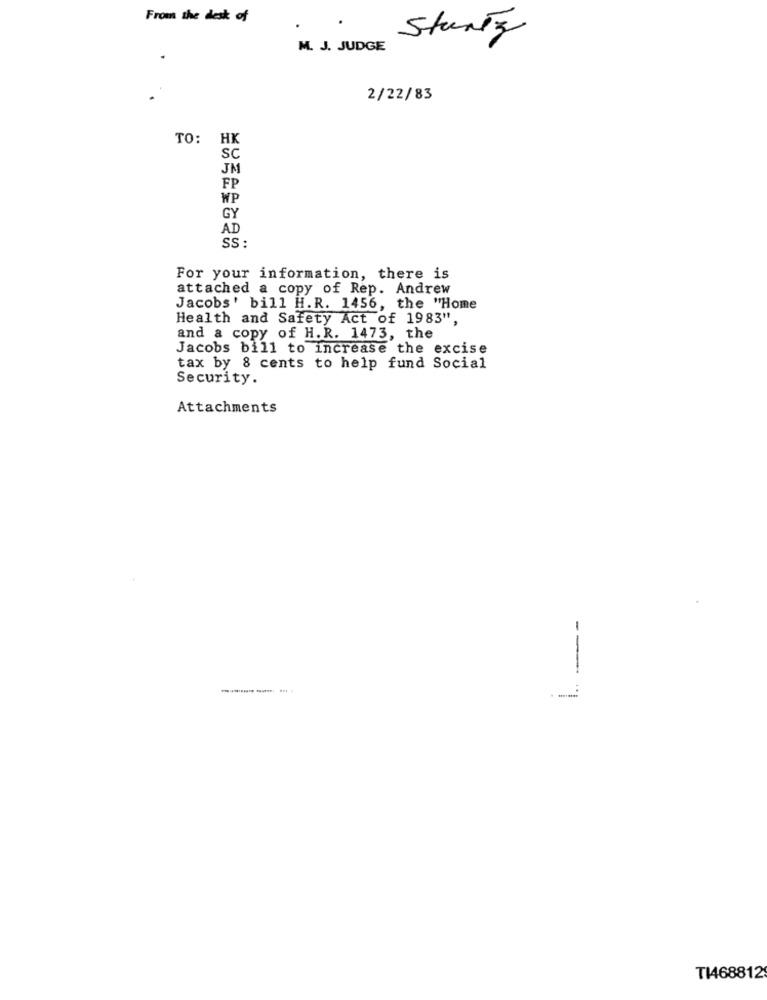
From the desk of
.
Stunty
M. J. JUDGE
.
2/22/83
TO: HK
SC
JM
FP
WP
GY
AD
SS :
For your information, there is
attached a copy of Rep. Andrew
Jacobs' bill H.R. 1456, the "Home
Health and Safety Act of 1983",
and a copy of H.R. 1473, the
Jacobs bill to increase the excise
tax by 8 cents to help fund Social
Security.
Attachments
1. --
TI468812